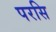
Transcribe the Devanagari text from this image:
परसि